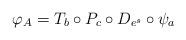
LaTeX: \begin{align*}\varphi_A=T_b\circ P_c\circ D_{e^s}\circ \psi_a\end{align*}